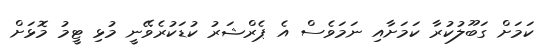
ކަމަށް ގަބޫލުކުރާ ކަމަށާއި ނަމަވެސް އެ ޕެރްޝަރު ކުޑަކުރެވޭނީ މުޅި ޓީމު މޮޅަށް